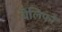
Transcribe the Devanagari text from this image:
बैलिफों